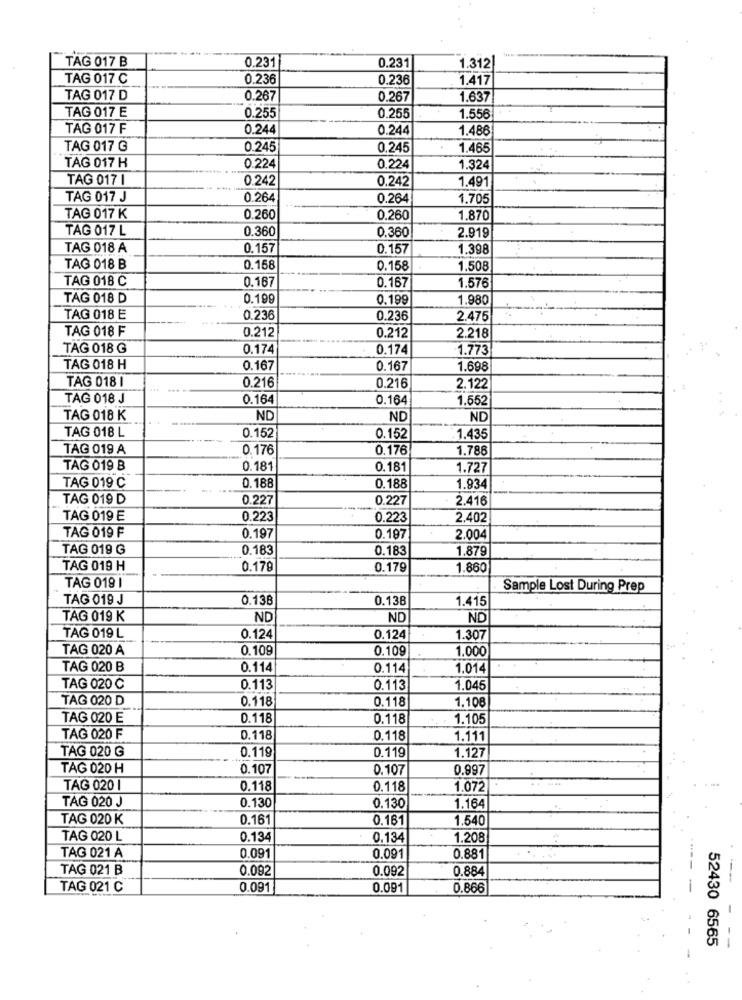
TAG 017 B
0.231
0.231
1.312
TAG 017 C
0.236
0.236
1.417
TAG 017 D
0.267
0.267
1.637
TAG 017 E
0.255
0.255
1.556
TAG 017 F
0.244
0.244
1.486
TAG 017 G
0.245
0.245
1.465
TAG 017 H
0.224
0.224
1.324
TAG 017 I
0.242
0.242
1.491
TAG 017 J
0.264
0.264
1.705
TAG 017 K
0.260
0.260
1.870
TAG 017 L
0.360
0.360
2.919
TAG 018 A
0.157
0.157
1.398
TAG 018 B
0.158
0.158
1,508
TAG 018 C
0.167
0.167
1.576
TAG 018 D
0.199
0.199
1.980
TAG 018 E
0.236
0.236
2.475
TAG 018 F
0.212
0.212
2.218
TAG 018 G
0.174
0.174
1.773
TAG 018 H
0.167
0.167
1.698
TAG 018 I
0.216
0.216
2.122
TAG 018 J
0.164
0.164
1.552
TAG 018 K
ND
ND
ND
TAG 018 L
0.152
0.152
1.435
TAG 019 A
0.176
0.176
1.786
TAG 019 B
0.181
0.181
1.727
TAG 019 C
0.188
0.188
1.934
TAG 019 D
0.227
0.227
2.416
TAG 019 E
0.223
0.223
2.402
TAG 019 F
0.197
0.197
2.004
TAG 019 G
0.183
0.183
1.879
TAG 019 H
0.179
0.179
1.860
TAG 019 |
Sample Lost During Prep
TAG 019 J
0.138
0.138
1.415
TAG 019 K
ND
ND
ND
TAG 019 L
0.124
0.124
1.307
TAG 020 A
0.109
0.109
1.000
TAG 020 B
0.114
0.114
1.014
TAG 020 C
0.113
0.113
1.045
TAG 020 D
0.118
0.118
1.108
TAG 020 E
0.118
0.118
1.105
TAG 020 F
0.118
0.118
1.111
TAG 020 G
0.119
0.119
1.127
TAG 020 H
0.107
0.107
0.997
TAG 020 1
0.118
0.118
1.072
TAG 020 J
0.130
0.130
1.164
TAG 020 K
0.161
0.161
1.540
TAG 020 L
0.134
0.134
1.208
TAG 021 A
0.091
0.091
0.881
TAG 021 B
0.092
0.092
0.884
TAG 021 C
0.091
0.091
0.866
52430 6565